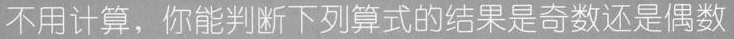
题4 不用计算，你能判断下列算式的结果是奇数还是偶数